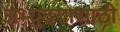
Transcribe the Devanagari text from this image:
अभ्युदयासाठी